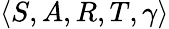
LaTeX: \langle S,A,R,T,\gamma\rangle